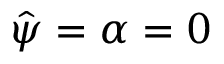
\hat { \psi } = \alpha = 0